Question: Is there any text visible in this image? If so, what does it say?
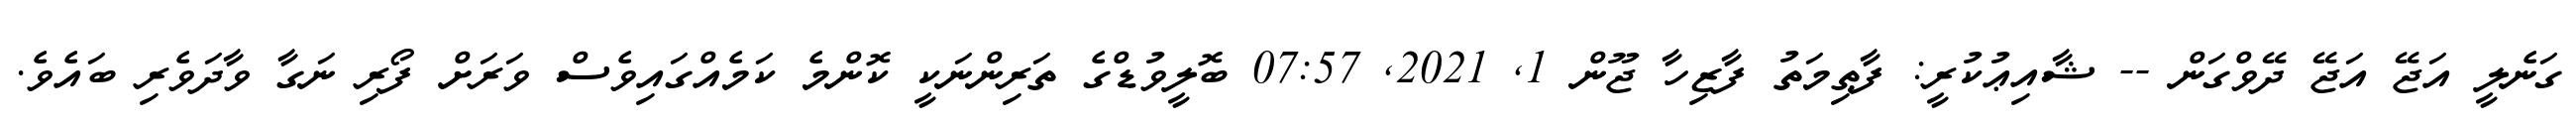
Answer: ގަނެލީ އަޖޭ އަޖޭ ދޭވްގަން -- ޝާއިޢުކުރީ: ފާޠިމަތު ފާޒިހާ ޖޫން 1, 2021, 07:57 ބޮލީވުޑްގެ ތަރިންނަކީ ކޮންމެ ކަމެއްގައިވެސް ވަރަށް ފޯރި ނަގާ ވާދަވެރި ބައެވެ.